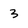
Character: 3